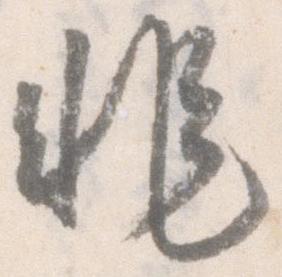
非